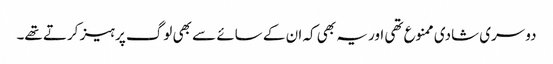
دوسری شادی ممنوع تھی اور یہ بھی کہ ان کے سائے سے بھی لوگ پرہیز کرتے تھے۔